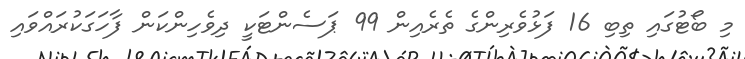
މި ބޯޓުގައި ތިބި 16 ފަޅުވެރިންގެ ތެރެއިން 99 ޕަސެންޓަކީ ދިވެހިންކަން ފާހަގަކުރައްވައި